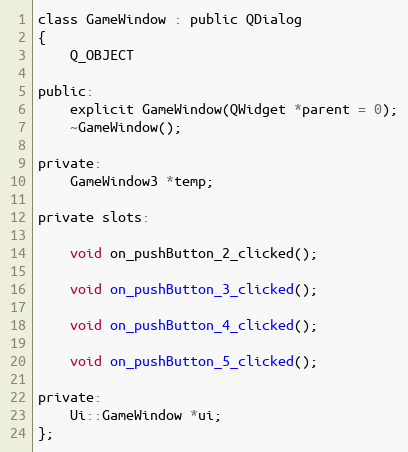
Language: C
class GameWindow : public QDialog
{
    Q_OBJECT

public:
    explicit GameWindow(QWidget *parent = 0);
    ~GameWindow();

private:
    GameWindow3 *temp;

private slots:

    void on_pushButton_2_clicked();

    void on_pushButton_3_clicked();

    void on_pushButton_4_clicked();

    void on_pushButton_5_clicked();

private:
    Ui::GameWindow *ui;
};